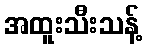
အထူးသီးသန့်